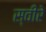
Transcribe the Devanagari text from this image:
स्वीरे